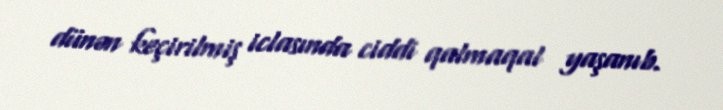
dünən keçirilmiş iclasında ciddi qalmaqal yaşanıb.